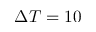
\Delta T = 1 0